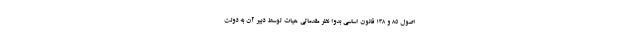
اصول 85 و 138 قانون اساسی بدوا نظر مقدماتی هیات توسط دبیر آن به دولت